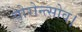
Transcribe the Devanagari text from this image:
वोरोन्त्सोव।